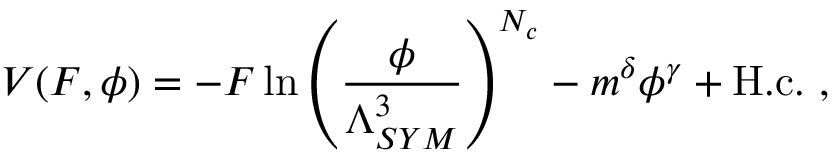
V ( F , \phi ) = - F \, \mathrm { l n } \left( \frac { \phi } { \Lambda _ { S Y M } ^ { 3 } } \right) ^ { N _ { c } } - m ^ { \delta } \phi ^ { \gamma } + \mathrm { H . c . } \ ,